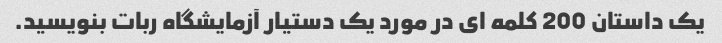
یک داستان 200 کلمه ای در مورد یک دستیار آزمایشگاه ربات بنویسید.